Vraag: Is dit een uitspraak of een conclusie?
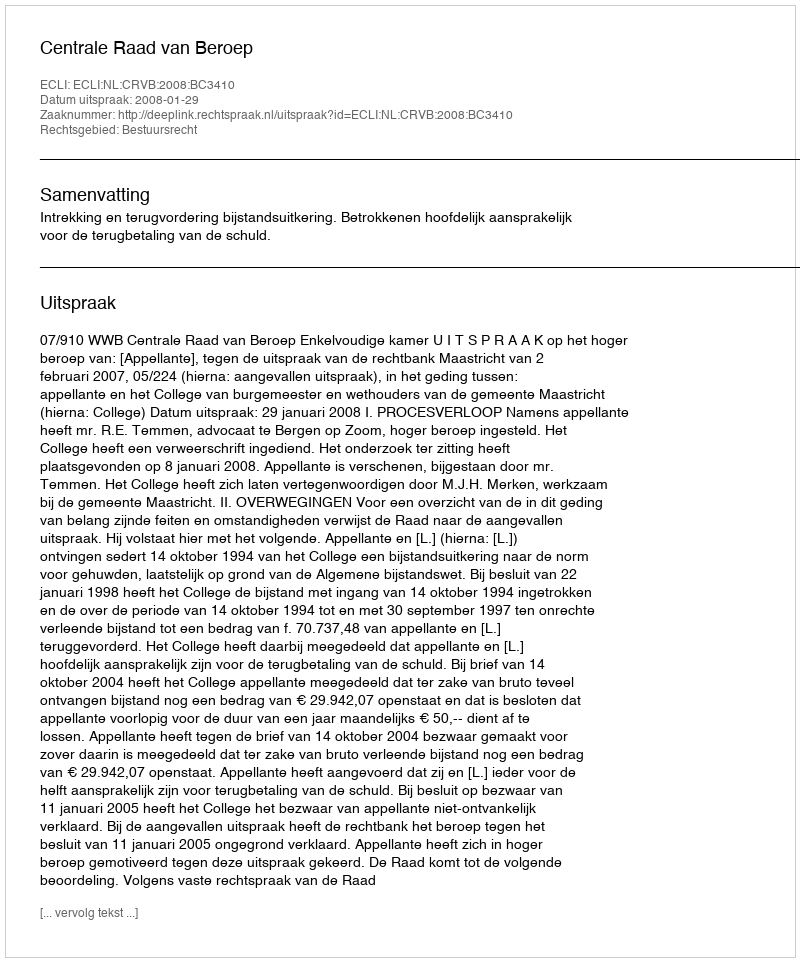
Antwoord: Uitspraak